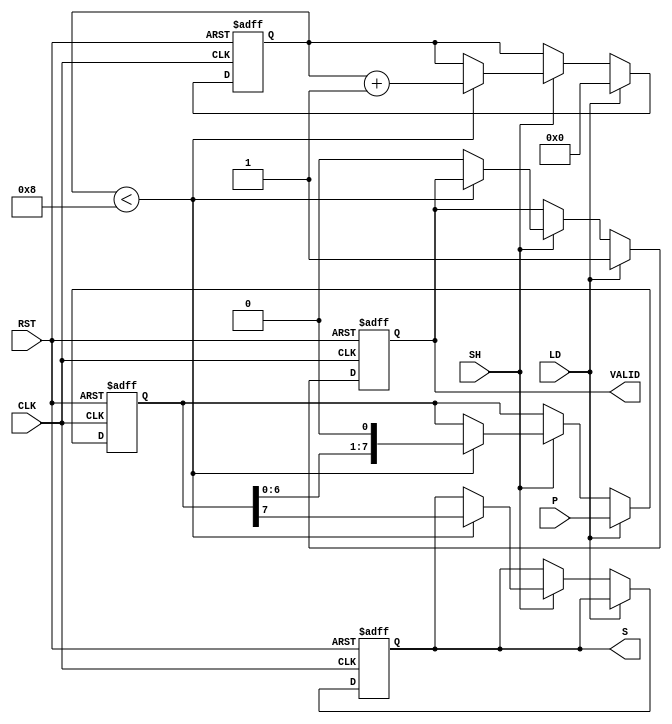
module dynamic_piso_register #(
    parameter N = 8  // Width of the register
)(
    input wire [N-1:0] P,      // Parallel input
    input wire LD,              // Load control
    input wire SH,              // Shift control
    input wire CLK,             // Clock signal
    input wire RST,             // Reset signal
    output reg S,               // Serial output
    output reg VALID            // Valid output signal
);

    reg [N-1:0] shift_reg;      // Shift register to hold data
    reg [3:0] count;            // Counter for shifting bits

    always @(posedge CLK or posedge RST) begin
        if (RST) begin
            shift_reg <= {N{1'b0}}; // Clear the register
            S <= 1'b0;              // Clear serial output
            VALID <= 1'b0;          // Clear valid signal
            count <= 4'b0;          // Reset counter
        end else begin
            if (LD) begin
                shift_reg <= P;     // Load parallel data
                count <= 4'b0;      // Reset counter on load
                VALID <= 1'b1;      // Set valid signal
            end else if (SH) begin
                if (count < N) begin
                    S <= shift_reg[N-1]; // Output the MSB
                    shift_reg <= {shift_reg[N-2:0], 1'b0}; // Shift left
                    count <= count + 1; // Increment counter
                end else begin
                    VALID <= 1'b0;      // Clear valid signal after shifting all bits
                end
            end
        end
    end

endmodule